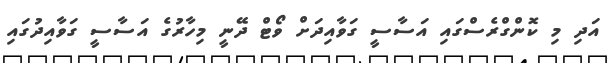
އަދި މި ކޮންގްރެސްގައި އަސާސީ ގަވާއިދަށް ވޯޓް ދޭނީ މިހާރުގެ އަސާސީ ގަވާއިދުގައި